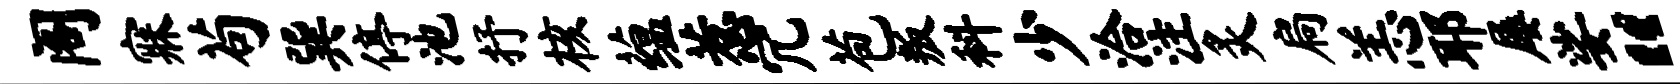
阁寐苟巽停池抒核蕴惹冗苞叛科少洽注炙扃恙耶屡娑“